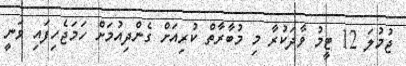
ޖުމުލަ 12 ޓީމު ވާދަކުރާ މި މުބާރާތް ކުރިއަށް ގެންދިއުމަށް ހަމަޖެހިފައި ވަނީ